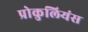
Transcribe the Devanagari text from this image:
प्रोकुलियंस